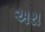
અરા